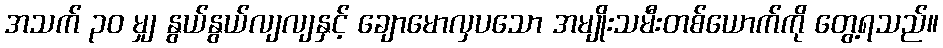
အသက် ၃၀ မျှ နွယ်နွယ်လျလျနှင့် ချောမောလှပသော အမျိုးသမီးတစ်ယောက်ကို တွေ့ရသည်။